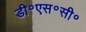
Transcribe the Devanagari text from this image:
डी॰एस॰सी॰